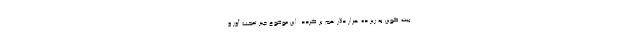
بیت کوین به زیر ده هزار دلار هم بر گردد. این موضوع چیز تعجب آور و